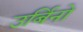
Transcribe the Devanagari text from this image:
उर्बिनो